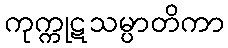
ကုက္ကုဋသမ္ပာတိကာ